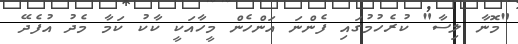
"މޮނާ ލިސާ" ކުރެހުމުގައި ފެންނަ އަންހެން މީހާއަކީ ކާކު ކަމާ މެދު އުފެދޭ